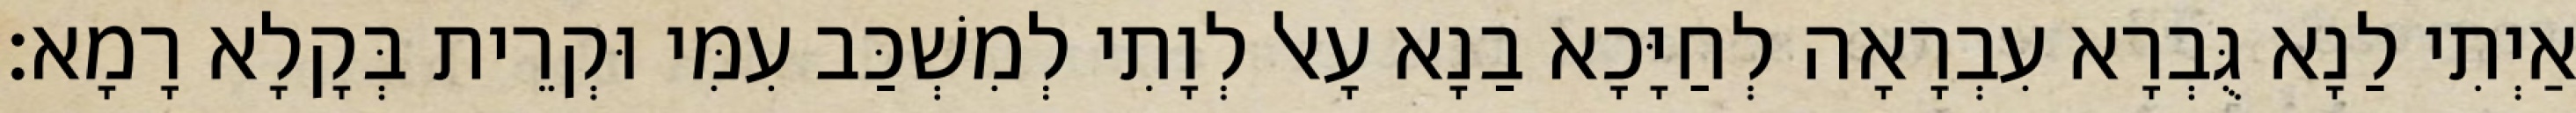
אַיְתִי לַנָא גֻּבְרָא עִבְרָאָה לְחַיָּכָא בַנָא עָאל לְוָתִי לְמִשְׁכַּב עִמִּי וּקְרֵית בְּקָלָא רָמָא׃